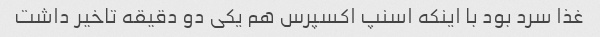
غذا سرد بود با اینکه اسنپ اکسپرس هم یکی دو دقیقه تاخیر داشت